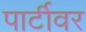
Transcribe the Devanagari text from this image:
पार्टीवर